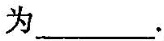
为___.